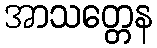
အာသတ္တေန